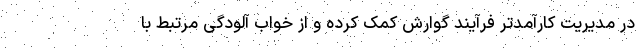
در مدیریت کارآمدتر فرآیند گوارش کمک کرده و از خواب آلودگی مرتبط با